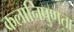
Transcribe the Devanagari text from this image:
कलानिपुणता